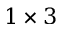
1 \times 3